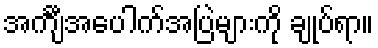
အင်္ကျီအပေါက်အပြဲများကို ချုပ်ရာ။